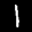
Label: 1